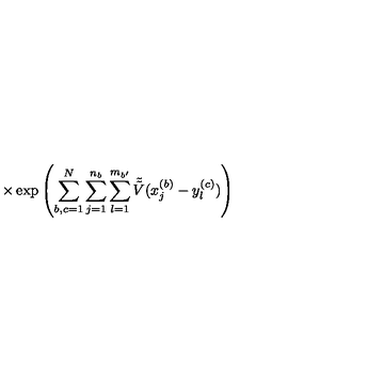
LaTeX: \times \exp \left( \sum _ { b , c = 1 } ^ { N } \sum _ { j = 1 } ^ { n _ { b } } \sum _ { l = 1 } ^ { m _ { b ^ { \prime } } } \tilde { \tilde { V } } ( x _ { j } ^ { ( b ) } - y _ { l } ^ { ( c ) } ) \right)